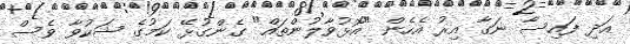
އަދި ފައިސާ ނަގާ އިރު އެހެން "އޮޅުވާލުންތައް" ގެންގުޅޭ ކަމުގެ ޝަކުވާ ވެސް